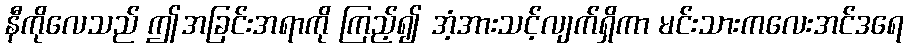
နီကိုလေသည် ဤအခြင်းအရာကို ကြည့်၍ အံ့အားသင့်လျက်ရှိကာ မင်းသားကလေးအင်ဒရေ